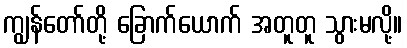
ကျွန်တော်တို့ ခြောက်ယောက် အတူတူ သွားမလို့။